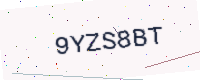
Text: 9YZS8BT